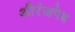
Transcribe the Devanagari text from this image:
औरंजगेब